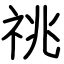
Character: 祧